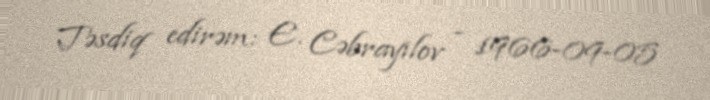
Təsdiq edirəm: E. Cəbrayılov - 1966-09-05